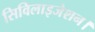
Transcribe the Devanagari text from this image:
सिविलाइजेशन।